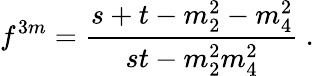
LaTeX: f^{3m}=\frac{s+t-m_{2}^{2}-m_{4}^{2}}{st-m_{2}^{2}m_{4}^{2}}~.